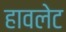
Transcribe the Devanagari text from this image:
हावलेट